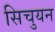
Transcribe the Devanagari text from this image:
सिचुयन